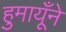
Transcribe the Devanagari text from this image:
हुमायूँने